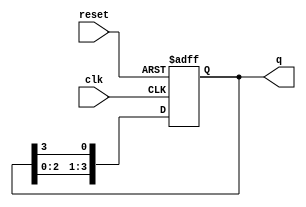
module ring_counter #(
    parameter N = 4 // Number of flip-flops (default is 4)
)(
    input wire clk,      // Clock input
    input wire reset,    // Reset input
    output reg [N-1:0] q // Output state of the ring counter
);

    // Initial state for the ring counter
    initial begin
        q = 1'b1; // Set the initial state to 100...0
    end

    always @(posedge clk or posedge reset) begin
        if (reset) begin
            q <= 1'b1; // Reset to initial state (e.g., 1000 for N=4)
        end else begin
            // Shift the logic high to the next flip-flop
            q <= {q[N-2:0], q[N-1]}; // Circular shift
        end
    end

endmodule